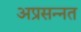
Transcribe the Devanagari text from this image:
अप्रसन्नत